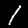
Label: 1